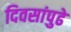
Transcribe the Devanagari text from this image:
दिवसांपुढे